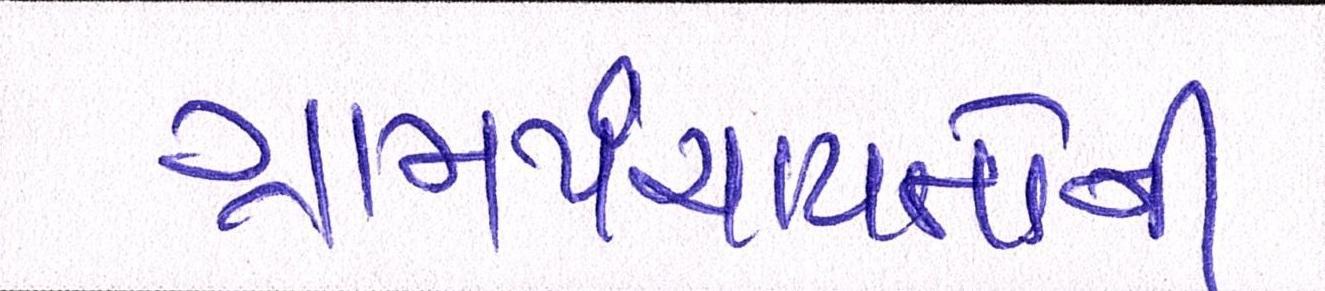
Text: ગ્રામપંચાયતોની